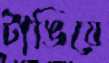
টাঙিয়ে